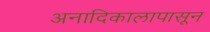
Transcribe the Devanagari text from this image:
अनादिकालापासून